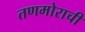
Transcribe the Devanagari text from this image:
तणमोराची